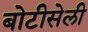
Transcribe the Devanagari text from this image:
बोटीसेली